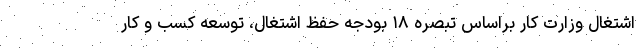
اشتغال وزارت کار براساس تبصره ۱۸ بودجه حفظ اشتغال، توسعه کسب و کار